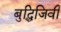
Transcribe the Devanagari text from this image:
बुद्धिजिवी